Medical and sanitary report of the native army of Bengal for the year
Year: 1878
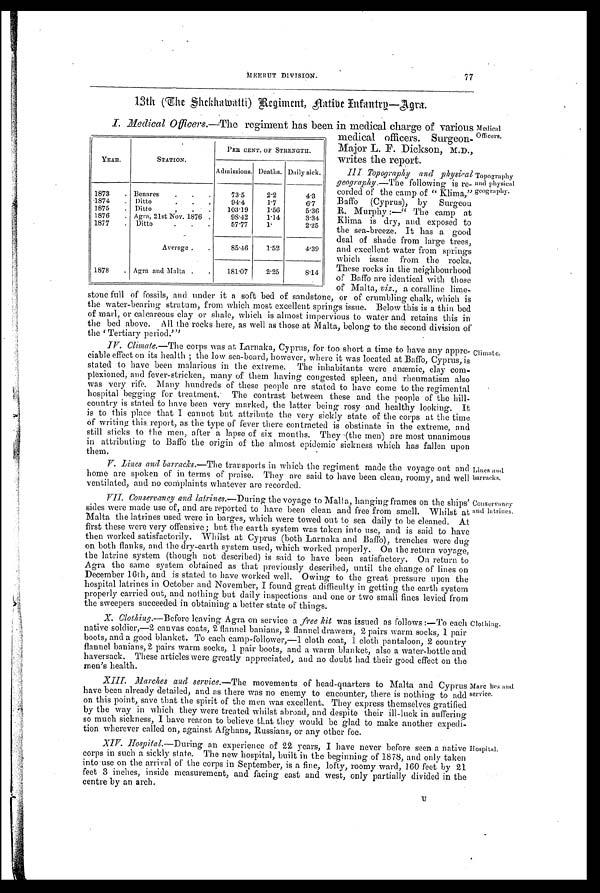
Lines and
barracks.
Conservancy
and latrines.
77
MEERUT DIVISION.
13th (the Shekhawatti) Regiment, Natibe Infantry—Agra.
I. Medical Officers.—The regiment has been in medical charge of various Medical
offi cers medical officers. Surgeon
Major L. F. Dickson, M.D.,
writes the report.
III. Topography and physical
geography.—The following is re-
corded of the camp of " Klima,"
Baffo (Cyprus), by Surgeon
R. Murphy:—" The camp at
Klima is dry, and exposed to
the sea-breeze. It has a good
deal of shade from large trees,
and excellent water from springs
which issue from the rocks.
These rocks in the neighbourhood
of Baffo are identical with those
of Malta, viz., a coralline lime-
stone full of fossils, and under it a soft bed of sandstone, or of crumbling chalk, which is
the water-bearing stratum, from which most excellent springs issue. Below this is a thin bed
of marl, or calcareous clay or shale, which is almost impervious to water and. retains this in
the bed above. All the rocks here, as well as those at Malta, belong to the second division of
t he ' Te r t i a r y pe r i od. ' "
YEAR.
STATION.
PER CENT. OF STRENGTH.
Admissions. Deaths. Daily sick.
1873 . Bemires . . .
73.5
2.2
4.3
1874 . Ditto
9 4 . 4 1.7
6.7
1875
Ditto
.
103.19
1.56
5.36
1876 . Agra, 21st Nov. 1876 .
98.42
1.14
3.34
1877 . Ditto
57.77
1.
2.25
Average . .
85.46
1 . 5 2
4 . 3 9
1878 . Agra and Malta . .
181.07
2.25
8.14
Topography
and physical
geography.
IV. Climate.—The corps was at Larnaka, Cyprus, for too short a time to have any appre.
ciable effect on its health ; the low sea-board, however, where it was located. at Baffo, Cyprus, is
stated to have been malarious in the extreme. The inhabitants were anæmie, clay com-
plexioned, and fever-stricken, many of them having congested spleen, and rheumatism also
was very rife. Many hundreds of these people are stated to have come to the regimental
hospital begging for treatment.- The contrast between these and the people of the hill.
country is stated to have been very marked, the latter being rosy and healthy looking. It
is to this place that I cannot but attribute the very sickly state of the corps at the time
of writing this. report, as the type of fever there contracted is obstinate in the extreme, and
still sticks to the men, after a lapse of six months. They -(the men) are most unanimous
in attributing to Baffo the origin of the almost epidemic sickness which has fallen upor
them,
V. Lines and barracks.—The transports in which the regiment made the voyage out and
home are spoken of in terms of praise. They are said to have been clean, roomy, and well
ventilated, and no complaints whatever are recorded.
VII. Conservancy and latrines.—During the voyage to Malta, hanging frames on the ships'
sides were made use of, and are reported to have been clean and free from smell. 'Whilst at
Malta the latrines used were in barges, which were towed out to sea daily to be cleaned. Al
first these were very offensive; but the earth system was taken into use, and is said to have
then worked satisfactorily. 'Whilst at Cyprus (both Larnaka and Baffo), trenches were dug
on both flanks, and the dry-earth system used, which worked properly. On the return voyage;
the latrine system (though not described) is said to have been satisfactory. On return to
Agra the same system obtained as that previously described, until the change of lines on
December 16th, and is stated to have worked well. Owing to the great pressure upon etc
hospital latrines in October and November, I found great difficulty in getting the earth system
properly carried out, and nothing but daily inspections and one or two 'small fines levied from
the sweepers succeeded in obtaining a better state of things.
X. Clothing.—Before leaving Agra on service a free kit was issued as follows :—To each
native soldier,-2 canvas coats, 2 flannel banians, 2 flannel drawers, 2 pairs warm socks, 1 pair
boots, and a good blanket. To each camp-follower,---1 cloth coat, 1 cloth pantaloon, 2 country
flannel banians, 2 pairs warm socks, 1 pair boots, and a warm blanket, also a water-bottle and
haversack. These articles were greatly appreciated, and no doubt had their good effect on the
men's health.
XIII. Marches and service.—The movements of head-quarters to Malta and Cyprus
have been already detailed, and as there was no enemy to encounter, there is nothing to add
on this point, save that the spirit of the men was excellent. They express themselves gratified
by the way in which they were treated whilst abroad, and despite their ill-luck in suffering
so much sickness, I have reason to believe that they would be glad to make another expedi-
tion wherever called on, against Afghans, Russians, or any other foe.
X177. Hospital.—During an experience of 22 years, I have never before seen a native
corps in such a sickly state. The new hospital, built in the beginning of 1878, and only taken
into-use on the arrival of the corps in September, is a fine, lofty, roomy ward, 160 feet by 21
feet 3 inches, inside measurement, and facing east and west, only partially divided in the
centre by an arch.
U
Climate.
Clothing.
Marc hey and
service.
Hospital.